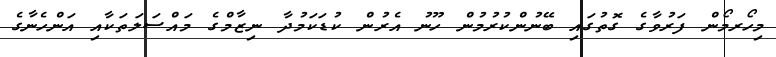
މިހޯރމޯން ފަރުވާގެ ގޮތުގައި ބޭނުންކުރުމުން ހޫނު އެރުން ކުޑަކަމުދާ ނިޒާމްގެ މައްސަލަތަކާއި އަންހެނާގެ